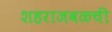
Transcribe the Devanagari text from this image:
शहराजवळची